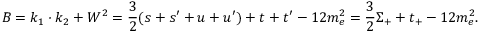
B = k _ { 1 } \cdot k _ { 2 } + W ^ { 2 } = \frac { 3 } { 2 } ( s + s ^ { \prime } + u + u ^ { \prime } ) + t + t ^ { \prime } - 1 2 m _ { e } ^ { 2 } = \frac { 3 } { 2 } \Sigma _ { + } + t _ { + } - 1 2 m _ { e } ^ { 2 } .